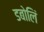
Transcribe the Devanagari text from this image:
डबोलिं